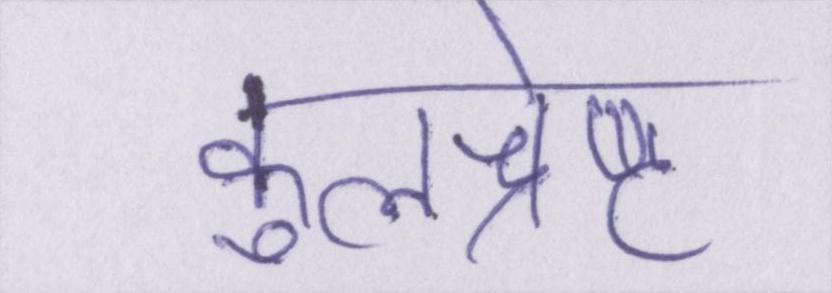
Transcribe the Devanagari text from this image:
कुलश्रेष्ठ